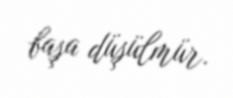
başa düşülmür.